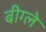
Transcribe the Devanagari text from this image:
बीग्ले